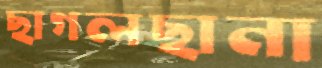
ছাগলছানা